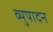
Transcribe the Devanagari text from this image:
व्युपादन